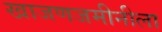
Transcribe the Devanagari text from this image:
खाजणजमीनीला